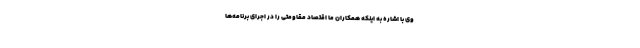
وی با اشاره به اینکه همکاران ما اقتصاد مقاومتی را در اجرای برنامه‌ها